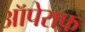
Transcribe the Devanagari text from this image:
ऑपेराफ़